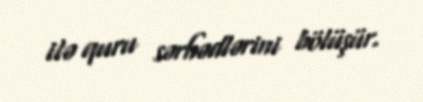
ilə quru sərhədlərini bölüşür.